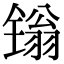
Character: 𬭩